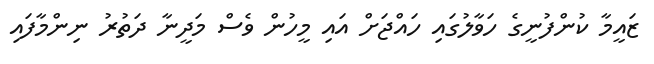
ޒައީމާ ކުންފުނީގެ ހަވާލުގައި ހައްޖަށް އައި މީހުން ވެސް މަދީނާ ދަތުރު ނިންމާފައި